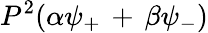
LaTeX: P^{2}(\alpha\psi_{+}\, +\, \beta\psi_{-})